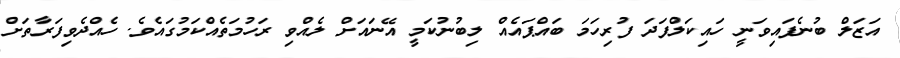
އަޒަލް ބުނެފައިވަނީ ހައިކަލްފަދަ ފުރިހަމަ ބައްޕައެއް ލިބުނުކަމީ އޭނައަށް ލެއްވި ރަހުމަތެއްކަމުގައެވެ. ހެއްދެވިފަރާތަށް